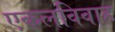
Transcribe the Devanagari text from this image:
एकलविवाह